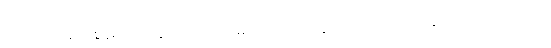
အဘယ်အစအစွန်းသည်။ နပညာယတိ၊ မထင်ရှားပါသနည်း။ ဣတိ၊ ဤသို့လျှောက်လတ်သော်။